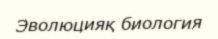
Эволюцияқ биология